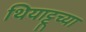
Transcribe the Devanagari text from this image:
थियाट्टूच्या